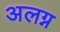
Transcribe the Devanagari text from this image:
अलग्न